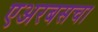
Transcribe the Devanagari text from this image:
एअरबसचा